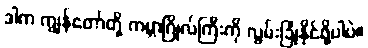
ဒါက ကျွန်တော်တို့ ကမ္ဘာဂြိုလ်ကြီးကို လွမ်းခြုံနိုင်ဖို့ပါပဲ။